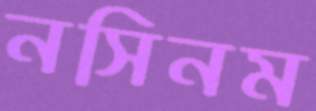
নসিনম